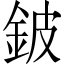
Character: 鈹